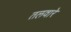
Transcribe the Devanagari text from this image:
तलवारे